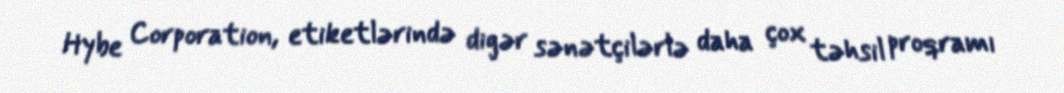
Hybe Corporation, etiketlərində digər sənətçilərlə daha çox təhsil proqramı